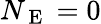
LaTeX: N_{\mathrm{~E~}}=0